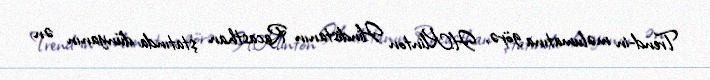
Trend-in məlumatına görə, H.Klinton Hindistanın Racasthan ştatında dünyanın ən